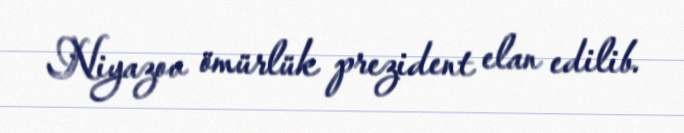
Niyazov ömürlük prezident elan edilib.